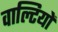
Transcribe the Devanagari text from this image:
वाल्टियों